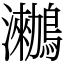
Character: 𪆵